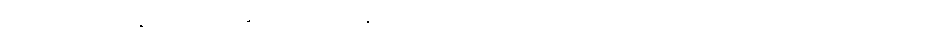
တဖြည်းဖြည်းနှင့် မစ်စက်ဆန်ဒရီ၏ ဒူးနှစ်ဖက်သည် ကွေးညွှတ်ကာ မြေကြီးပေါ်သို့ ထောက်လျက်သား